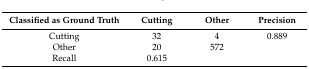
<table><thead><tr><td><b>Classified as Ground Truth</b></td><td><b>Cutting</b></td><td><b>Other</b></td><td><b>Precision</b></td></tr></thead><tbody><tr><td>Cutting</td><td>32</td><td>4</td><td>0.889</td></tr><tr><td>Other</td><td>20</td><td>572</td><td></td></tr><tr><td>Recall</td><td>0.615</td><td></td><td></td></tr></tbody></table>